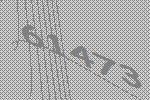
61473